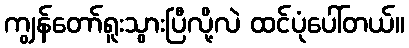
ကျွန်တော်ရူးသွားပြီလို့လဲ ထင်ပုံပေါ်တယ်။